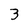
Character: 3